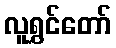
လူရွှင်တော်